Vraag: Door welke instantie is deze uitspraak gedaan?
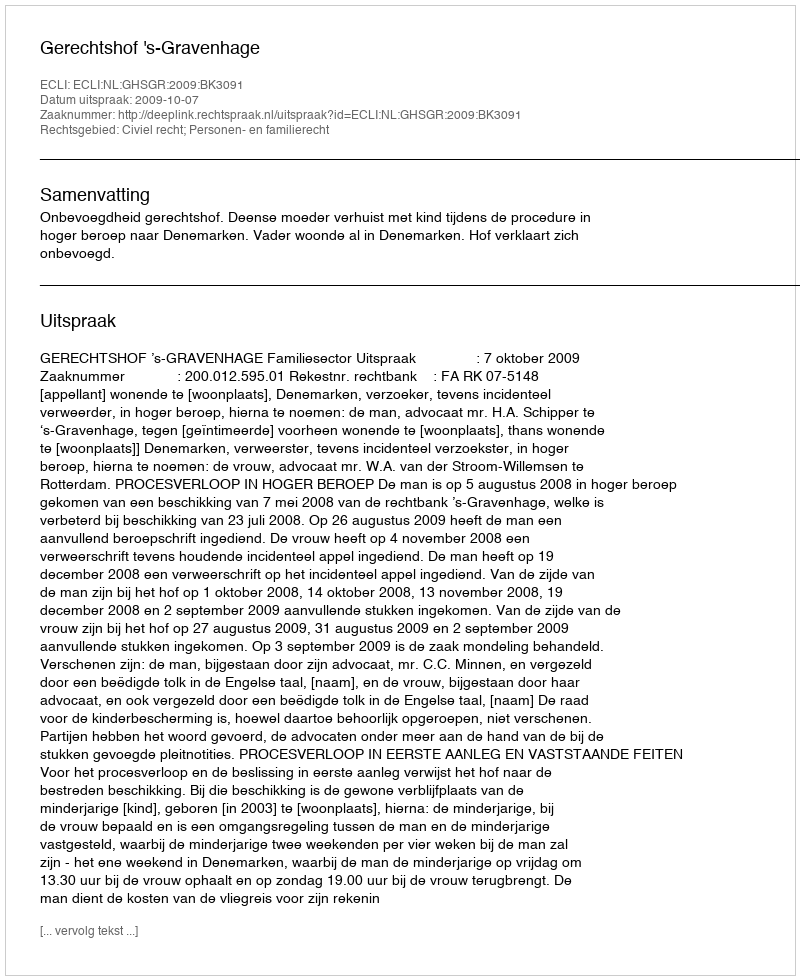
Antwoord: Gerechtshof 's-Gravenhage